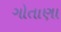
ગોતાણા